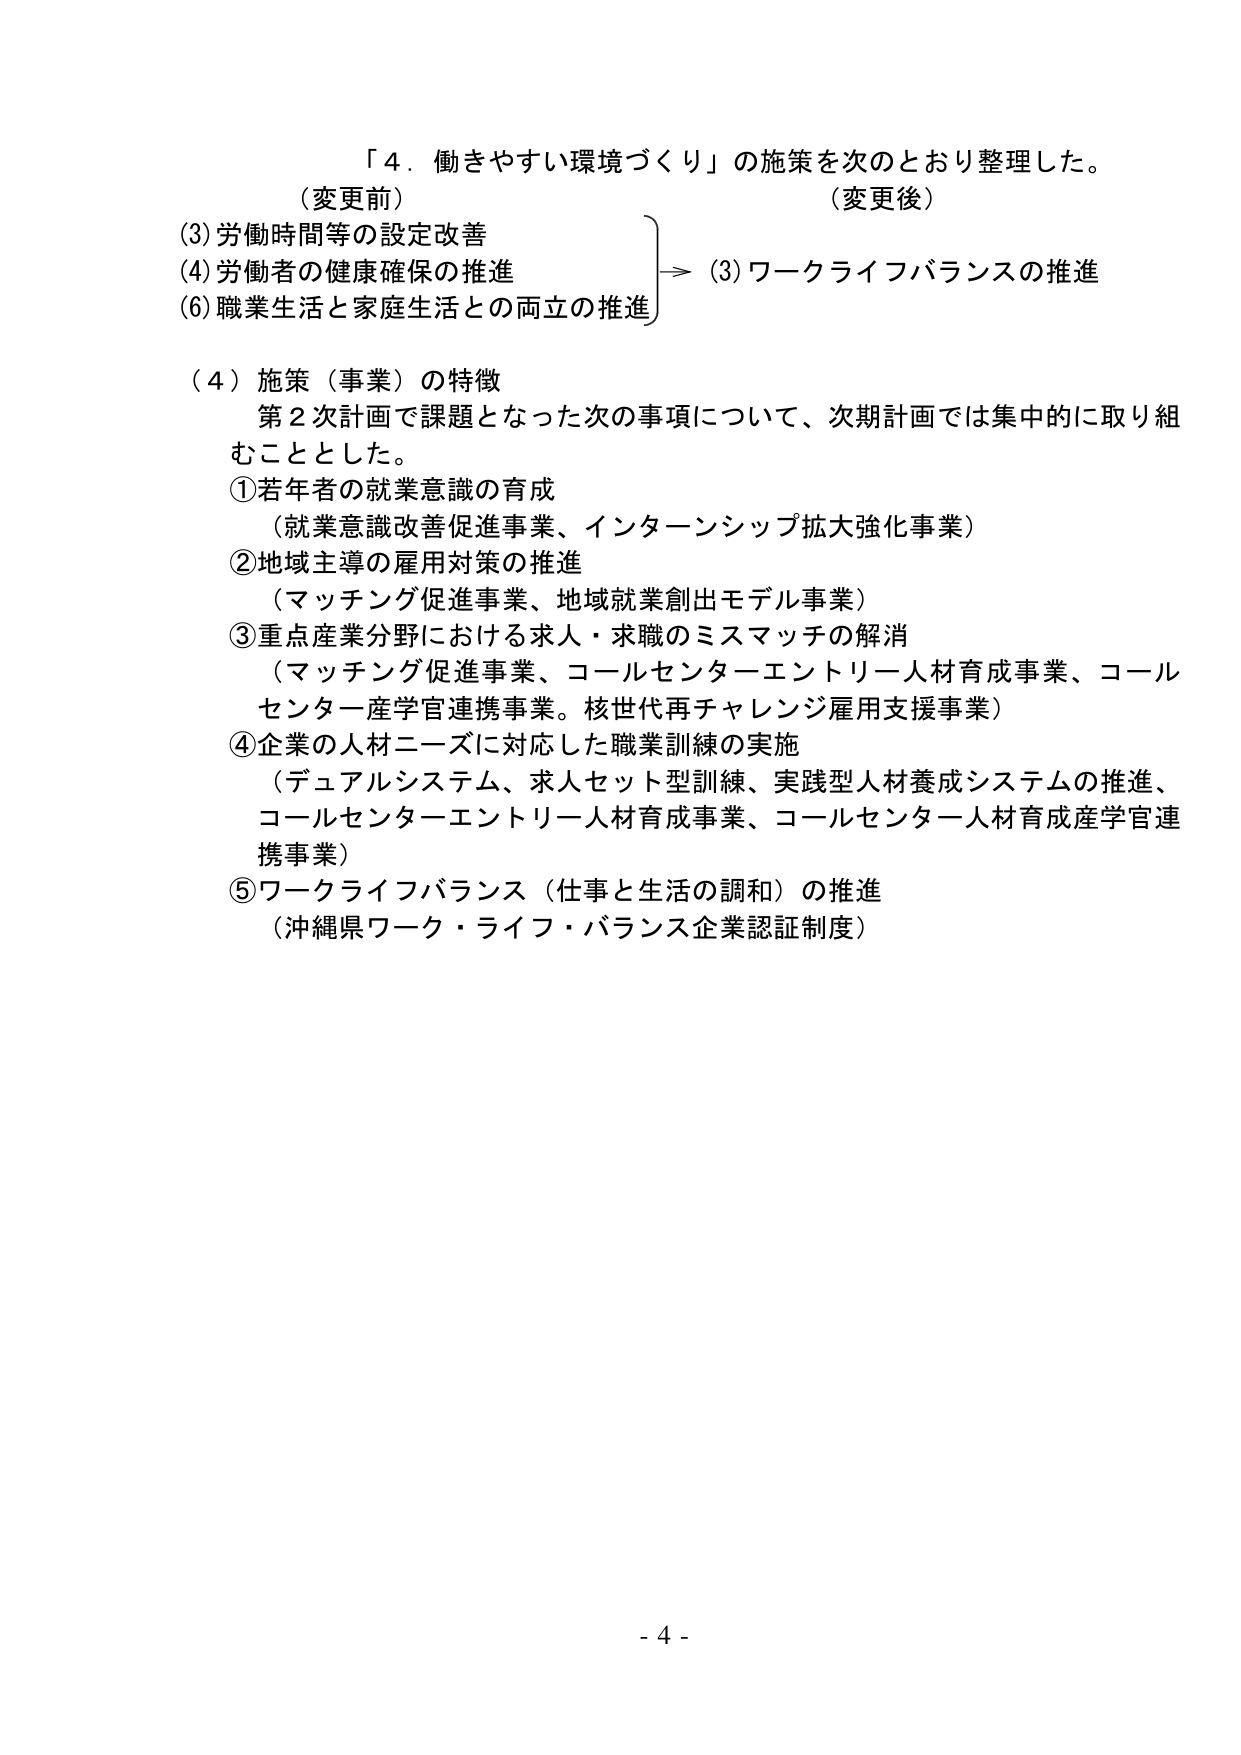
「４．働きやすい環境づくり」の施策を次のとおり整理した。
（変更前）　　　　　　　　　　　　　　　　　　（変更後）
(3)労働時間等の設定改善　　　　　　　　　　→ (3)ワークライフバランスの推進
(4)労働者の健康確保の推進
(6)職業生活と家庭生活との両立の推進

（４）施策（事業）の特徴
第２次計画で課題となった次の事項について、次期計画では集中的に取り組むこととした。
①若年者の就業意識の育成
（就業意識改善促進事業、インターンシップ拡大強化事業）
②地域主導の雇用対策の推進
（マッチング促進事業、地域就業創出モデル事業）
③重点産業分野における求人・求職のミスマッチの解消
（マッチング促進事業、コールセンターエントリー人材育成事業、コールセンター産学官連携事業。核世代再チャレンジ雇用支援事業）
④企業の人材ニーズに対応した職業訓練の実施
（デュアルシステム、求人セット型訓練、実践型人材養成システムの推進、コールセンターエントリー人材育成事業、コールセンター人材育成産学官連携事業）
⑤ワークライフバランス（仕事と生活の調和）の推進
（沖縄県ワーク・ライフ・バランス企業認証制度）

- 4 -